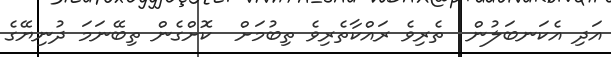
އަދި އެކަނބަލުން  ތެރިވެ ރައްކާތެރިވެ ތިބުމަށް  ކޮށްގެން ތިބޭނަމަ ދުނިޔޭގެ